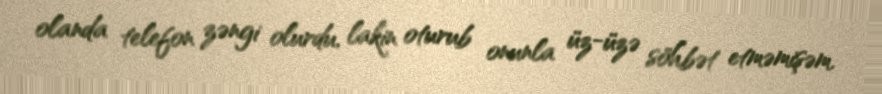
olanda telefon zəngi olurdu, lakin oturub onunla üz-üzə söhbət etməmişəm.